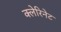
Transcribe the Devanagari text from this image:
क्लेरिनेट